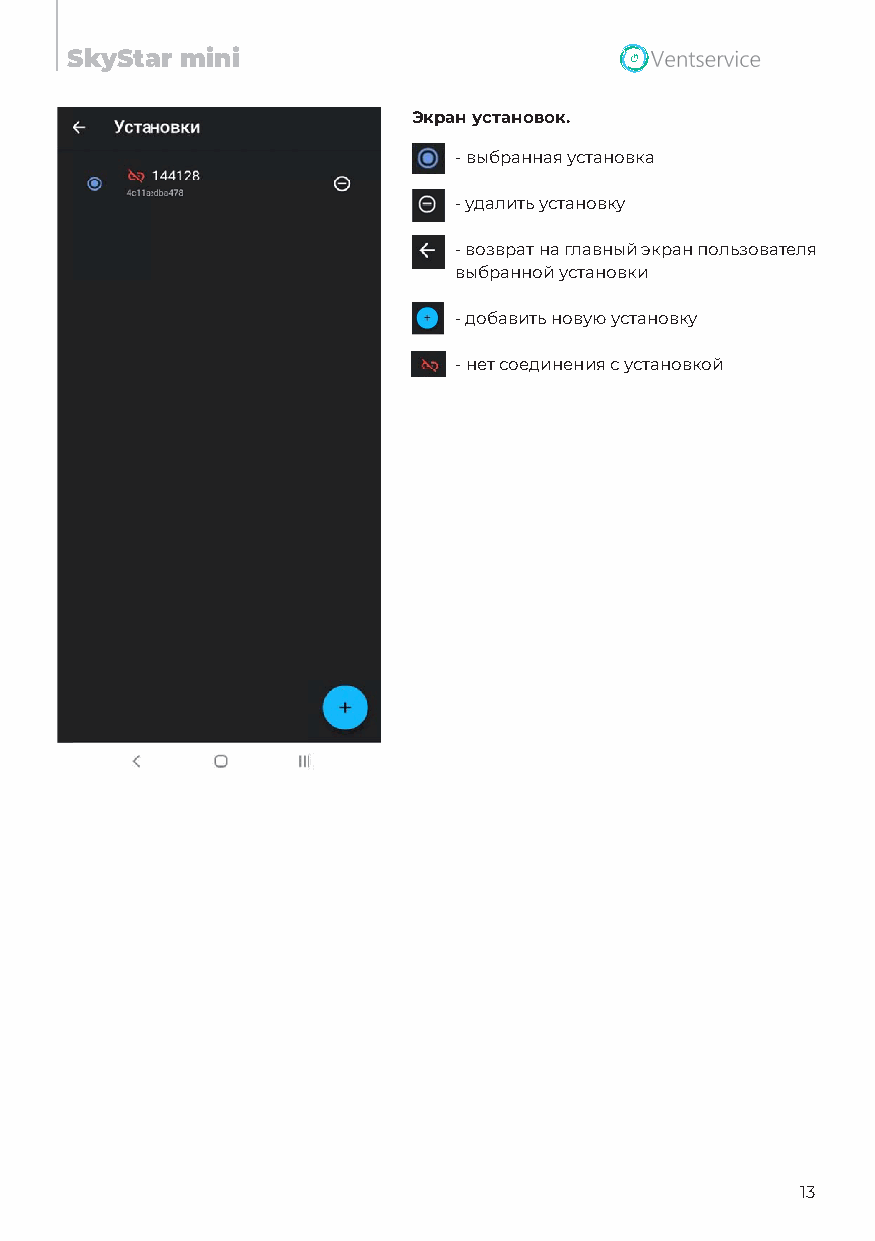
SkyStar mini
 Экран установок.
 - выбранная установка
 - удалить установку
 - возврат на главный экран пользователя
 выбранной установки
 - добавить новую установку
 - нет соединения с установкой
 13